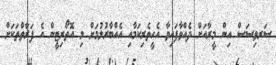
ސަރވިސަސް އިން މީރާއަށް ދެއްވާފައިވާ އެހީތެރިކަމާއި އެއްބާރުލުމަށް މި އޮތޯރިޓީން އެ ފަރާތްތަކަށް